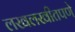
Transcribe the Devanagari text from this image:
लखलखीतपणे